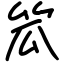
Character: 笟